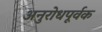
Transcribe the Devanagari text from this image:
अनुरोधपूर्वक